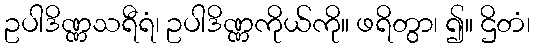
ဥပါဒိဏ္ဏသရီရံ၊ ဥပါဒိဏ္ဏကိုယ်ကို။ ဖရိတွာ၊ ၍။ ဌိတံ၊